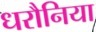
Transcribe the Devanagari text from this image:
धरौनिया